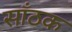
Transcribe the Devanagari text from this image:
साँठक